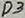
Text: D3